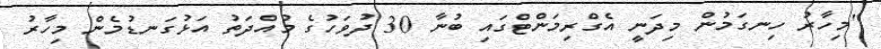
"މިހާރު ހިނގަމުން މިދަނީ އެގްރިމަންޓްގައި ބުނާ 30 ދުވަހުގެ މުއްދަތު އަޅުގަނޑުމެން މިހާރު